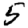
Digit: 5